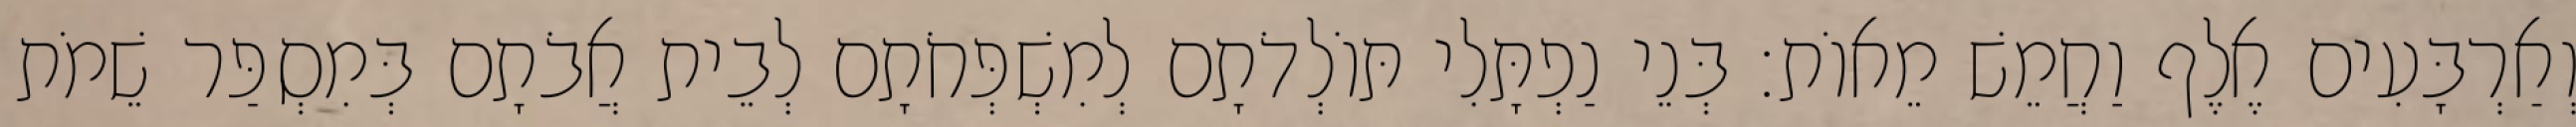
וְאַרְבָּעִים אֶלֶף וַחֲמֵשׁ מֵאוֹת׃ בְּנֵי נַפְתָּלִי תּוֹלְדֹתָם לְמִשְׁפְּחֹתָם לְבֵית אֲבֹתָם בְּמִסְפַּר שֵׁמֹת